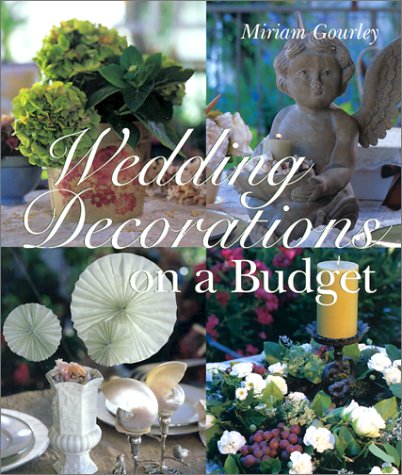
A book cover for Wedding Decorations on a Budget; Miriam Gourley; Crafts, Hobbies & Home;